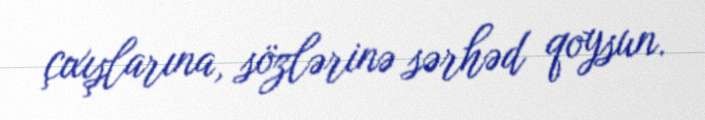
çıxışlarına, sözlərinə sərhəd qoysun.